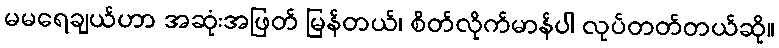
မမရေချယ်ဟာ အဆုံးအဖြတ် မြန်တယ်၊ စိတ်လိုက်မာန်ပါ လုပ်တတ်တယ်ဆို။